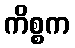
ကိစ္စက